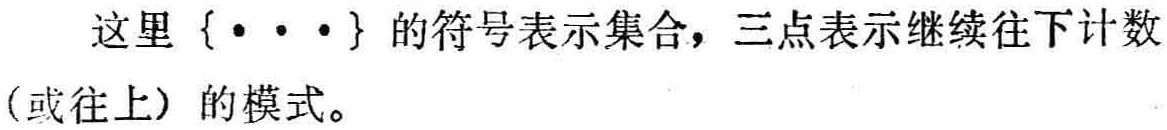
这里\(\{\cdots\}\)的符号表示集合，三点表示继续往下计数（或往上）的模式。